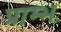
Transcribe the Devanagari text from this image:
प्राम्‍भ